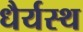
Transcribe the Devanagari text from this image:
धैर्यस्थ